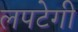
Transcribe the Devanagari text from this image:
लपटेगी